Indian journal of veterinary science and animal husbandry - Volume 3,
Year: 1933
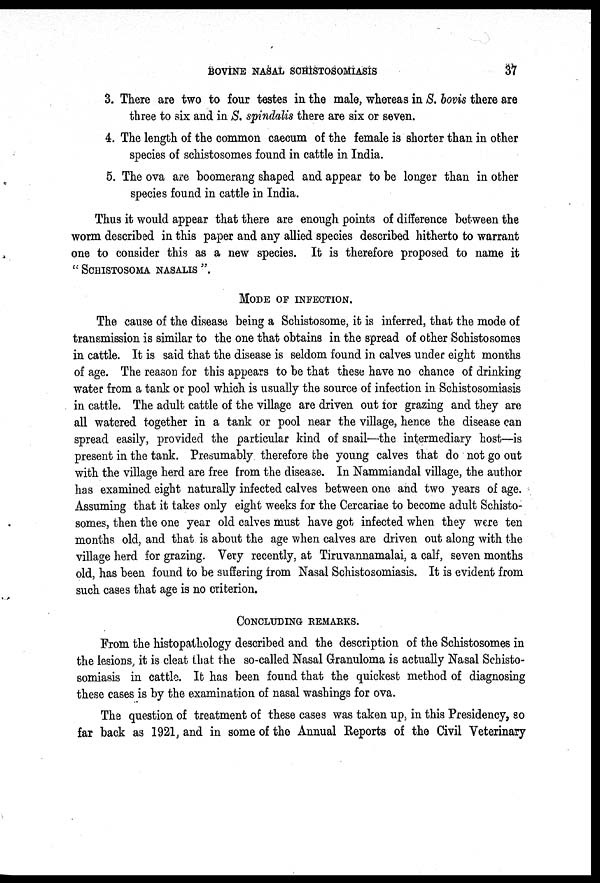
BOVINE NASAL SCHISTOSOMIASIS
37
3. There are two to four testes in the male, whereas in S. bovis there are
three to six and in S. spindalis there are six or seven.
4. The length of the common caecum of the female is shorter than in other
species of schistosomes found in cattle in India.
5. The ova are boomerang shaped and appear to be longer than in other
species found in cattle in India.
Thus it would appear that there are enough points of difference between the
worm described in this paper and any allied species described hitherto to warrant
one to consider this as a new species. It is therefore proposed to name it
" SCHISTOSOMA NASALIS ".
MODE OF INFECTION.
The cause of the disease being a Schistosome, it is inferred, that the mode of
transmission is similar to the one that obtains in the spread of other Schistosomes
in cattle. It is said that the disease is seldom found in calves under eight months
of age. The reason for this appears to be that these have no chance of drinking
water from a tank or pool which is usually the source of infection in Schistosomiasis
in cattle. The adult cattle of the village are driven out for grazing and they are
all watered together in a tank or pool near the village, hence the disease can
spread easily, provided the particular kind of snail—the intermediary host—is
present in the tank. Presumably therefore the young calves that do not go out
with the village herd are free from the disease. In Nammiandal village, the author
has examined eight naturally infected calves between one and two years of age.
Assuming that it takes only eight weeks for the Cercariae to become adult Schisto-
somes, then the one year old calves must have got infected when they were ten
months old, and that is about the age when calves are driven out along with the
village herd for grazing. Very recently, at Tiruvannamalai, a calf, seven months
old, has been found to be suffering from Nasal Schistosomiasis. It is evident from
such cases that age is no criterion.
CONCLUDING REMARKS.
From the histopathology described and the description of the Schistosomes in
the lesions, it is cleat that the so-called Nasal Granuloma is actually Nasal Schisto-
somiasis in cattle. It has been found that the quickest method of diagnosing
these cases is by the examination of nasal washings for ova.
The question of treatment of these cases was taken up, in this Presidency, so
far back as 1921, and in some of the Annual Reports of the Civil Veterinary